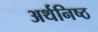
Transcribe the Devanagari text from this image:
अर्थनिष्ठ